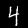
Digit: 4